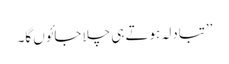
’’تبادلہ ہوتے ہی چلا جائوں گا۔